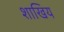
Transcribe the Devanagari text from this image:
शाखिय